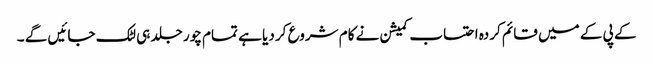
کے پی کے میں قائم کردہ احتساب کمیشن نے کام شروع کر دیا ہے تمام چور جلد ہی لٹک جائیں گے ۔